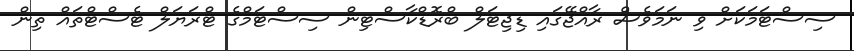
ސިސްޓަމަކަށް ވި ނަމަވެސް ރާއްޖޭގައި ޑިޖިޓަލް ބްރޮޑްކާސްޓިން ސިސްޓަމްގެ ޓްރަޔަލް ޓެސްޓްތައް ތިން